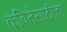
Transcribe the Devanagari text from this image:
कवितेसाठीचा